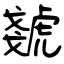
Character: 虦